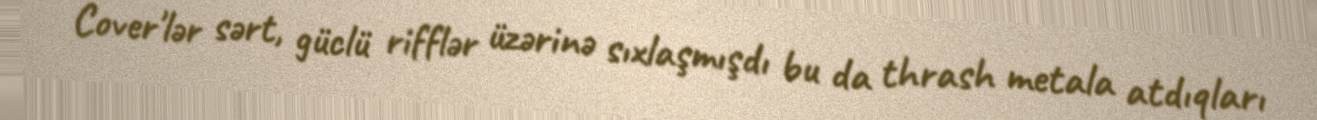
Cover'lər sərt, güclü rifflər üzərinə sıxlaşmışdı bu da thrash metala atdıqları